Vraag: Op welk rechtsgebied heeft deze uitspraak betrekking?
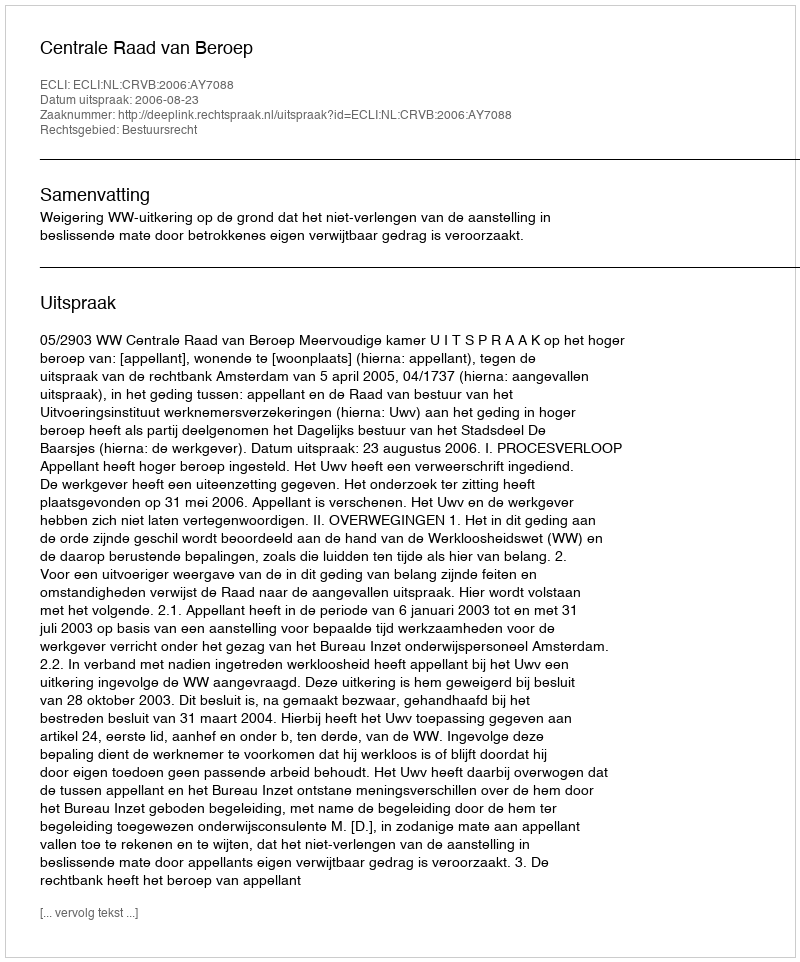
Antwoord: Bestuursrecht